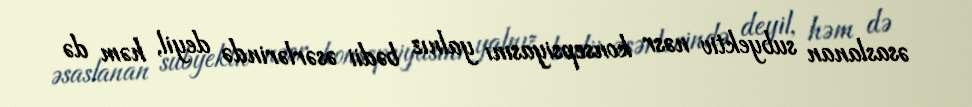
əsaslanan subyektiv nəsr konsepsiyasını yalnız bədii əsərlərində deyil, həm də